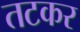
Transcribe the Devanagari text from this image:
तटकर